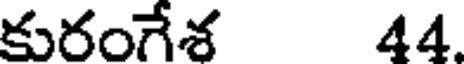
కురంగేశ 44